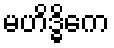
မဟိဒ္ဓိကေ